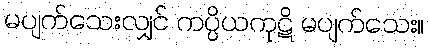
မပျက်သေးလျှင် ကပ္ပိယကုဋိ မပျက်သေး။